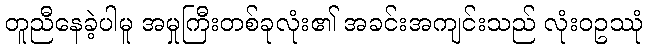
တူညီနေခဲ့ပါမူ အမှုကြီးတစ်ခုလုံး၏ အခင်းအကျင်းသည် လုံးဝဥဿုံ